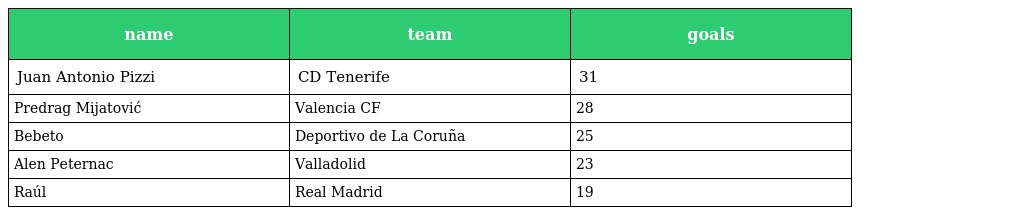
| name | team | goals |
 | --- | --- | --- |
 | Juan Antonio Pizzi | CD Tenerife | 31 |
 | Predrag Mijatović | Valencia CF | 28 |
 | Bebeto | Deportivo de La Coruña | 25 |
 | Alen Peternac | Valladolid | 23 |
 | Raúl | Real Madrid | 19 |